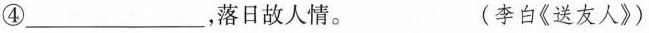
④___，落日故人情。 (李白《送友人》)